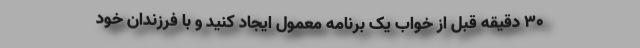
۳۰ دقیقه قبل از خواب یک برنامه معمول ایجاد کنید و با فرزندان خود